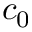
c _ { 0 }